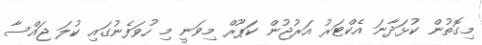
މިގޮތުން ކުޅަދާނަ އެކްޓަރު އަރުޖުން ކަޕޫރް މިވަނީ މި ހުވަފެނުގައި ކުލަ ޖައްސާ